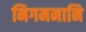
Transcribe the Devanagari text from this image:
निगमनानि